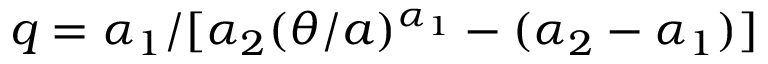
q = \alpha _ { 1 } / [ \alpha _ { 2 } ( \theta / a ) ^ { \alpha _ { 1 } } - ( \alpha _ { 2 } - \alpha _ { 1 } ) ]